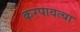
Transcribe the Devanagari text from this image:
करपावत्या